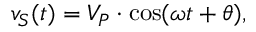
v _ { S } ( t ) = V _ { P } \cdot \cos ( \omega t + \theta ) ,